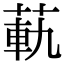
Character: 𦳛